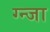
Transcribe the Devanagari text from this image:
ग्न्जा